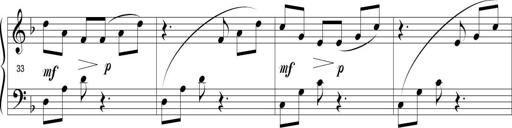
Title: Sonatina in D minor
Composer: Paul Csige
Key: D minor